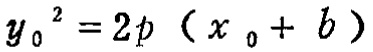
$y_{0}^{2}=2p\left(x_{0}+b\right)$